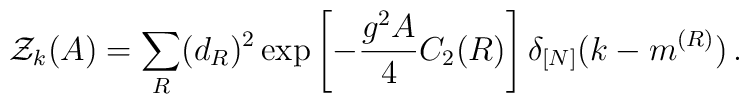
{\cal Z}_k(A)=\sum_{R} (d_{R})^2 \exp\left[-\frac{g^2 A}{4}C_2(R)\right]\delta_{[N]}(k-m^{(R)})\,.